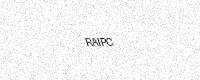
Text: RAIPC